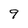
Character: 9